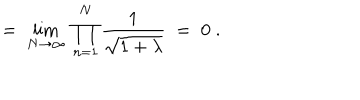
= \; \lim _ { N \rightarrow \infty } \; \prod _ { n = 1 } ^ { N } \frac { 1 } { \sqrt { 1 + \lambda } } \; = \; 0 \; .